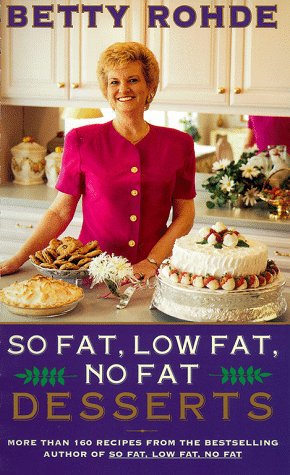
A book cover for So Fat Low Fat No Fat Desserts; Betty Rohde; Cookbooks, Food & Wine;